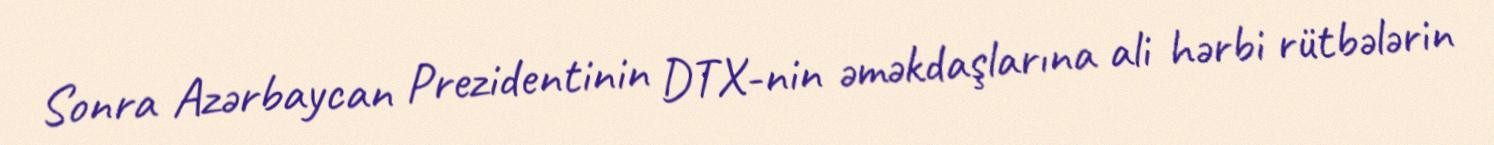
Sonra Azərbaycan Prezidentinin DTX-nin əməkdaşlarına ali hərbi rütbələrin